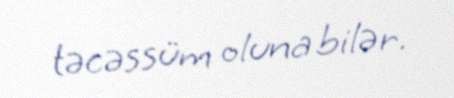
təcəssüm oluna bilər.